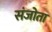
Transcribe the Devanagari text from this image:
संजोता